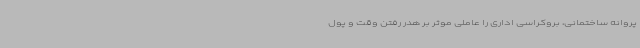
پروانه ساختمانی، بروکراسی اداری را عاملی موثر بر هدر رفتن وقت و پول